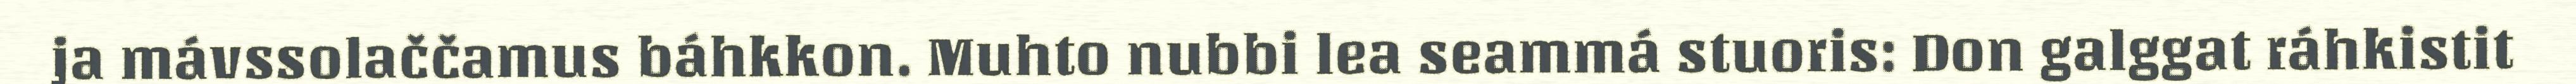
ja mávssolaččamus báhkkon. Muhto nubbi lea seammá stuoris: Don galggat ráhkistit